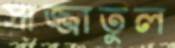
সাজ্জাতুল